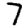
Digit: 7